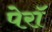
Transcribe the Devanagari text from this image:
पेरॉ